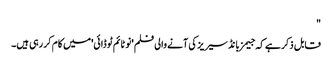
"
قابل ذکر ہے کہ جیمز بانڈ سیریز کی آنے والی فلم 'نو ٹائم ٹو ڈائی'میں کام کر رہی ہیں۔